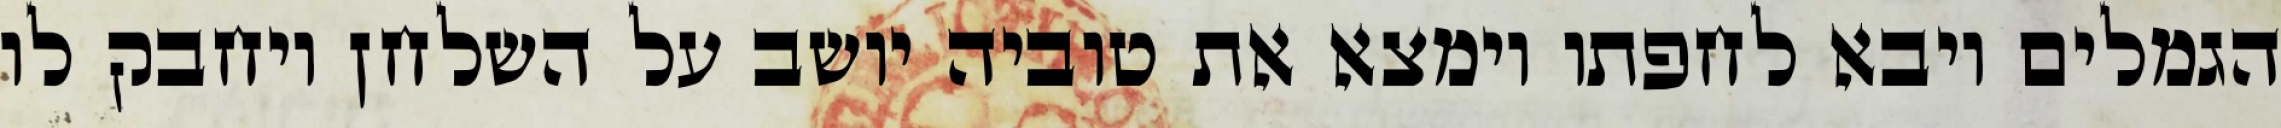
הגמלים ויבא לחפתו וימצא את טוביה יושב על השלחן ויחבק לו